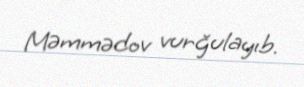
Məmmədov vurğulayıb.